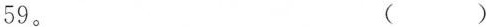
59。 ( )